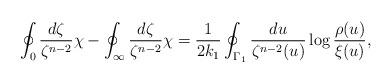
LaTeX: \begin{align*}\oint_0 \frac{d\zeta}{\zeta^{n-2}}\chi-\oint_{\infty} \frac{d\zeta}{\zeta^{n-2}} \chi=\frac{1}{2 k_1} \oint_{\Gamma_1}\frac{du}{\zeta^{n-2}(u)} \log\frac{\rho(u)}{\xi(u)} ,\end{align*}